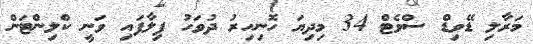
މަރާލި ޑޭވިޑް ސްވެޓް 34 މިދިޔަ ހޮނިހިރު ދުވަހު ފިލާފައި ވަނީ ކްލިންޓަން